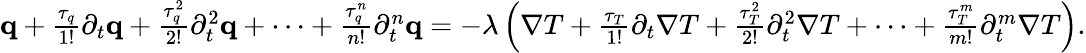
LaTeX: \begin{array}{r}{\mathbf q+\frac{\tau_{q}}{1!}\partial_{t}\mathbf q+\frac{\tau_{q}^{2}}{2!}\partial_{t}^{2}\mathbf q+\dots+\frac{\tau_{q}^{n}}{n!}\partial_{t}^{n}\mathbf q=-\lambda\left(\nabla T+\frac{\tau_{T}}{1!}\partial_{t}\nabla T+\frac{\tau_{T}^{2}}{2!}\partial_{t}^{2}\nabla T+\dots+\frac{\tau_{T}^{m}}{m!}\partial_{t}^{m}\nabla T\right).}\end{array}